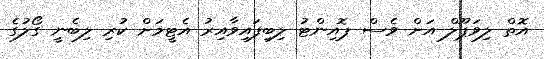
އޮތް ލިވަޕޫލް އަށް ވެސް ޕޮއިންޓު ލިބިފައިވާއިރު އެޓީމަށް ކުރި ލިބެނީ ގޯލުގެ